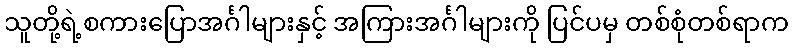
သူတို့ရဲ့စကားပြောအင်္ဂါများနှင့် အကြားအင်္ဂါများကို ပြင်ပမှ တစ်စုံတစ်ရာက